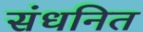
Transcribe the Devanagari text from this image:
संधनित